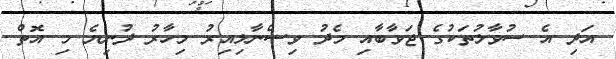
އަދި އެ ސުވާލުތަކުގެ ޖަވާބާއި މެދު ވިސްނާލިއިރު މިހާރު ދުނިޔެ މި އޮތް